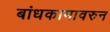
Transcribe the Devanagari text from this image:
बांधकामावरुन